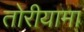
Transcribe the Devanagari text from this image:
तोरीयामा